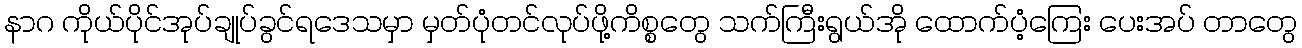
နာဂ ကိုယ်ပိုင်အုပ်ချုပ်ခွင်ရဒေသမှာ မှတ်ပုံတင်လုပ်ဖို့ကိစ္စတွေ သက်ကြီးရွယ်အို ထောက်ပံ့ကြေး ပေးအပ် တာတွေ